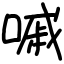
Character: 嘁